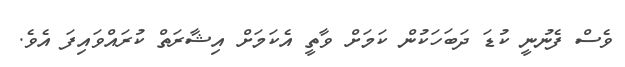
ވެސް ފެނުނީ ކުޑަ ދަބަހަކުން ކަމަށް ވާތީ އެކަމަށް އިޝާރަތް ކުރައްވައިފަ އެވެ.